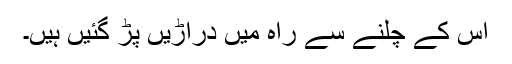
اُس کے چلنے سے راہ میں دراڑیں پڑ گئیں ہیں۔